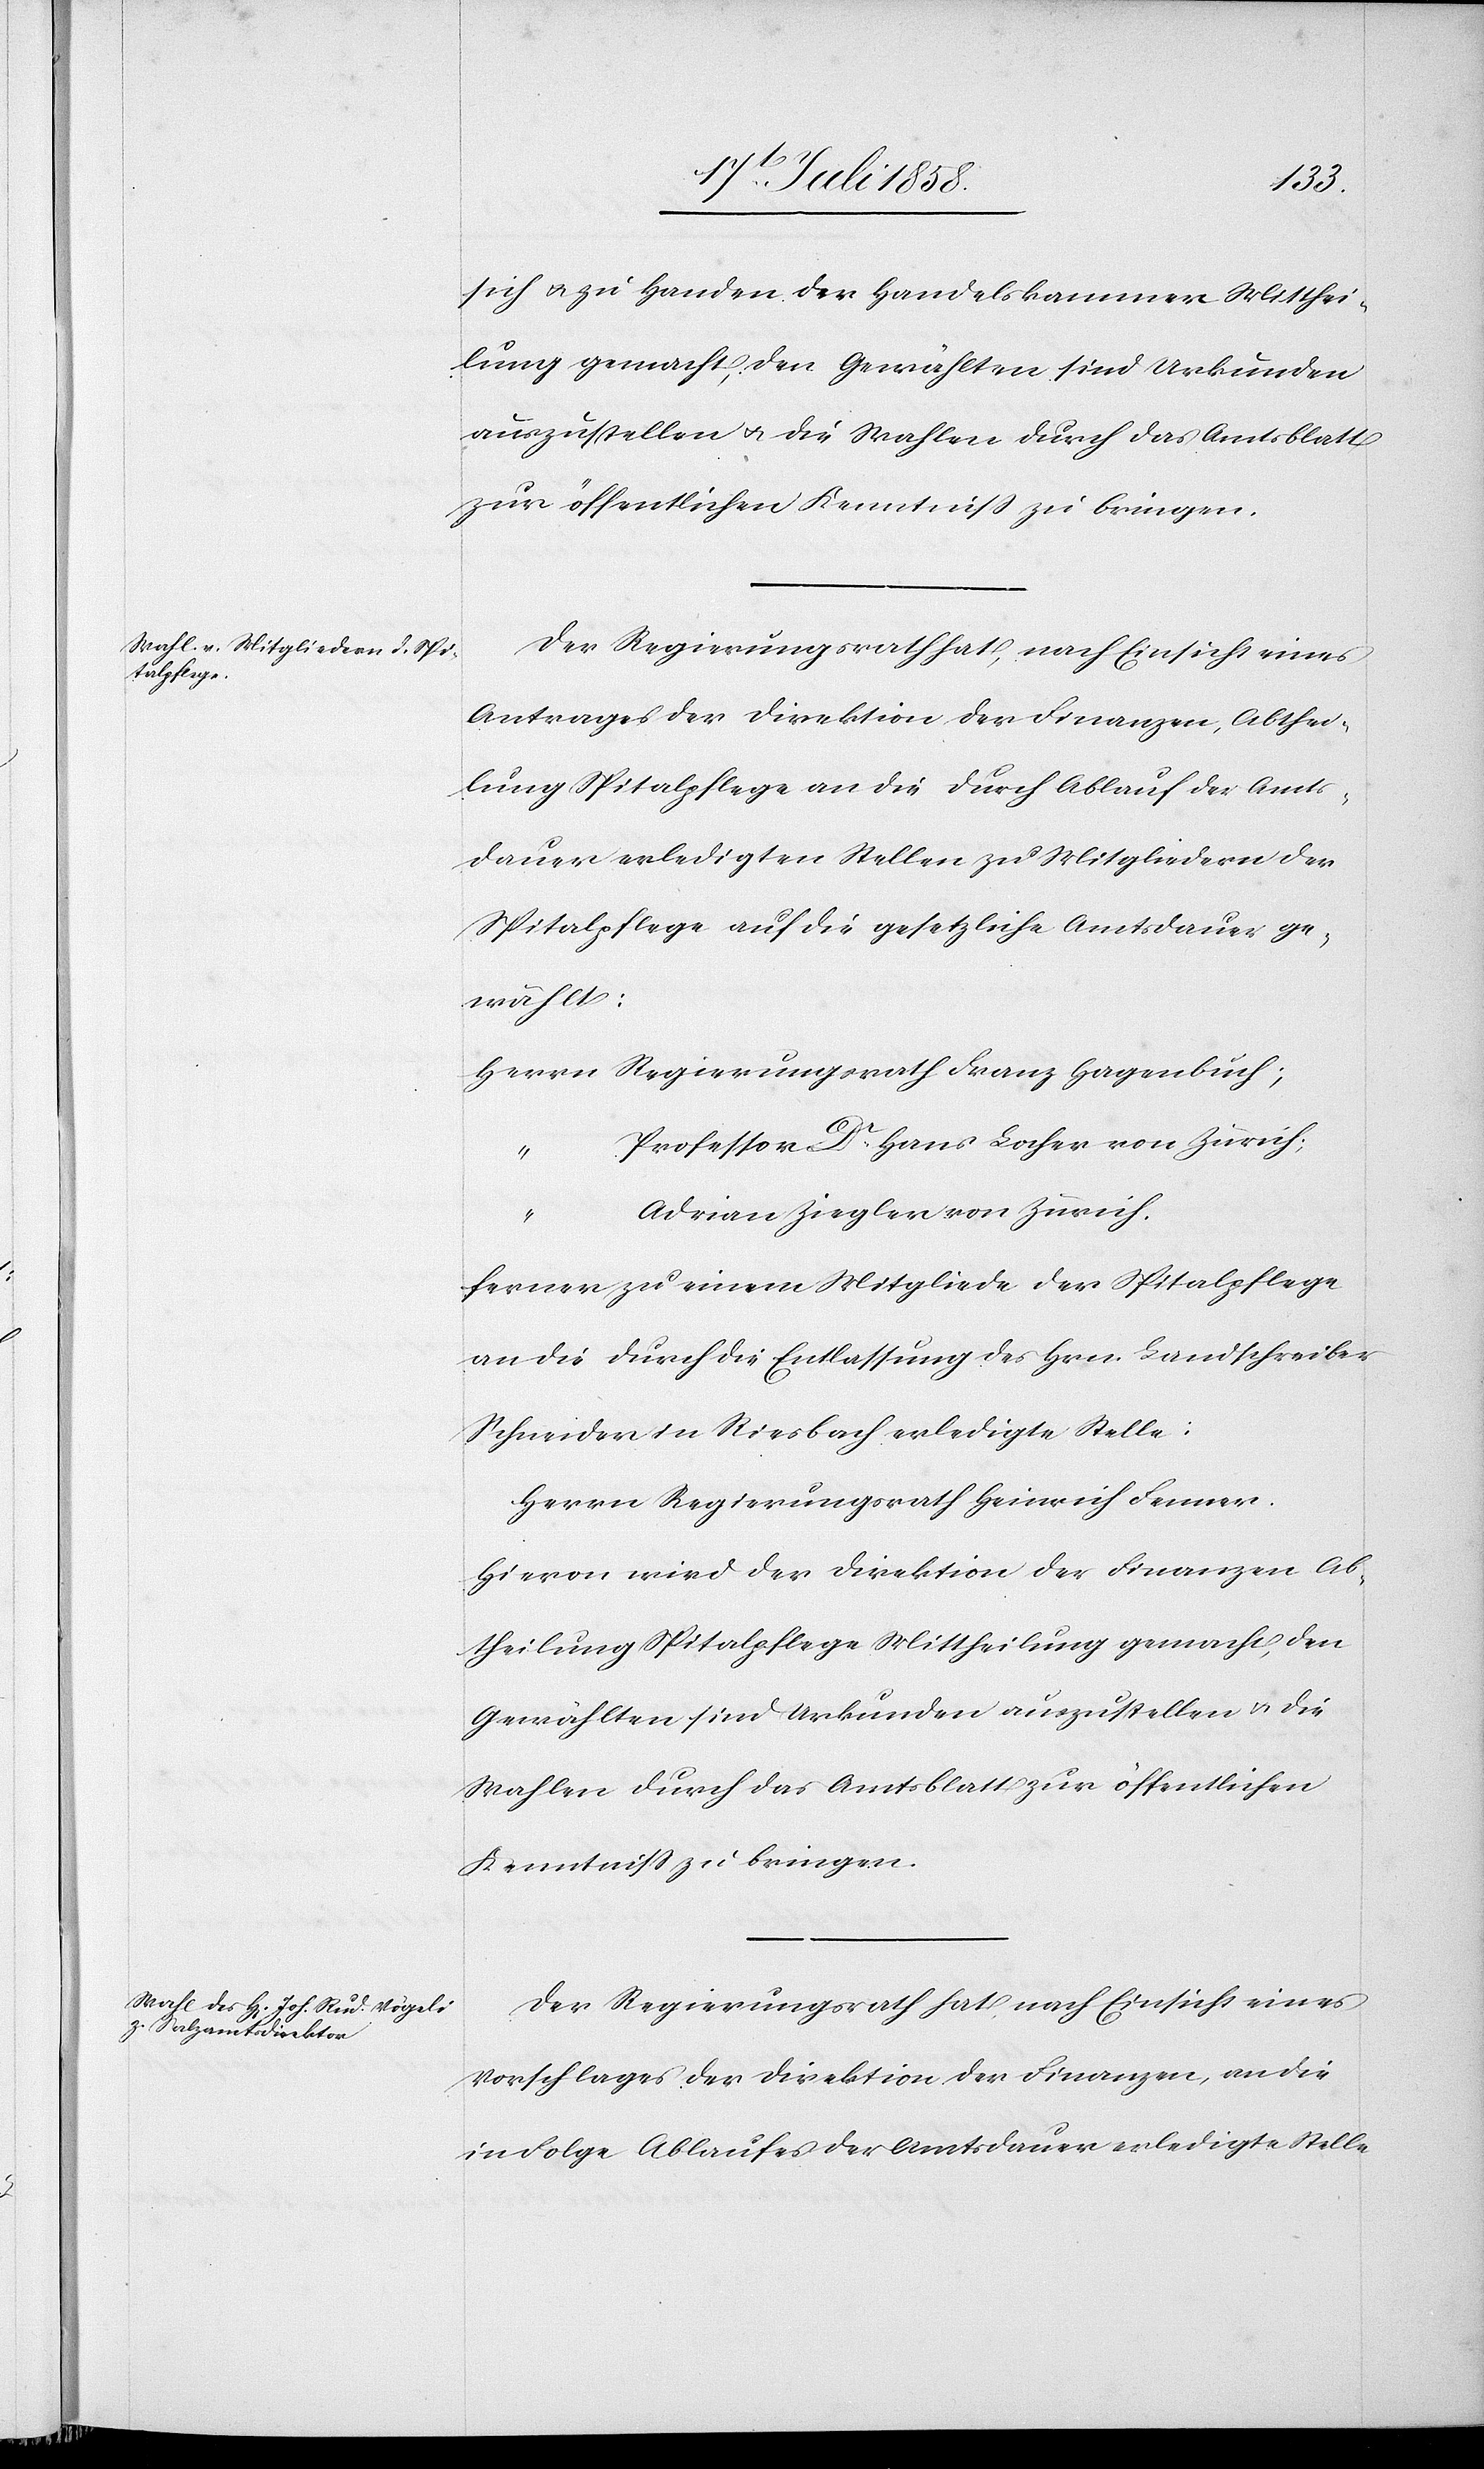
sich & zu Handen der Handelskammer Mitthei¬
lung gemacht, den Gewählten sind Urkunden
auszustellen & die Wahlen durch das Amtsblatt
zur öffentlichen Kenntniss zu bringen.
Der Regierungsrath hat, nach Einsicht eines
Antrages der Direktion der Finanzen, Abthei¬
lung Spitalpflege an die durch Ablauf der Amts¬
dauer erledigten Stellen zu Mitgliedern der
Spitalpflege auf die gesetzliche Amtsdauer ge¬
wählt:
Herrn Regierungsrath Franz Hagenbuch;
Professor Dr. Hans Locher von Zürich;
“
Adrian Ziegler von Zürich.
ferner zu einem Mitgliede der Spitalpflege
an die durch die Entlassung des Hrn. Landschreiber
Schneider in Riesbach erledigte Stelle:
Herrn Regierungsrath Heinrich Fenner.
Hievon wird der Direktion der Finanzen Ab¬
theilung Spitalpflege Mittheilung gemacht, den
Gewählten sind Urkunden auszustellen & die
Wahlen durch das Amtsblatt zur öffentlichen
Kenntniss zu bringen.
Der Regierungsrath hat, nach Einsicht eines
Vorschlages der Direktion der Finanzen, an die
in Folge Ablaufe der Amtsdauer erledigte Stelle